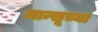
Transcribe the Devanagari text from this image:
मान्सूच्या